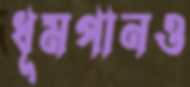
ধূমপানও